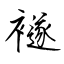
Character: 襚